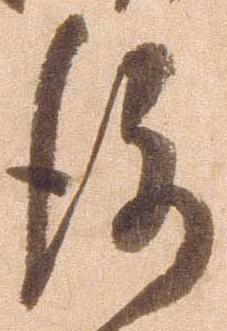
後